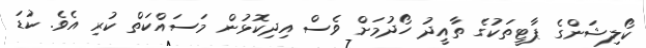
ކޯލިޝަންގެ ޕާޓީތަކުގެ ތާއީދު ހޯދުމަށް ވެސް އިދިކޮޅުން މަސައްކަތް ކުރި އެވެ. ކުޑަ